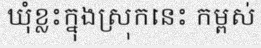
ឃុំខ្លះក្នុងស្រុកនេះ កម្ពស់